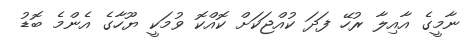
ނާމީގެ އާއިލާ ރުހޭ ފަދަ ކުއްޖަކަށް ކޮއްކޮ ވުމަކީ ޔޫހާގެ އެންމެ ބޮޑު